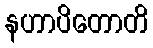
နဟာပိတောတိ